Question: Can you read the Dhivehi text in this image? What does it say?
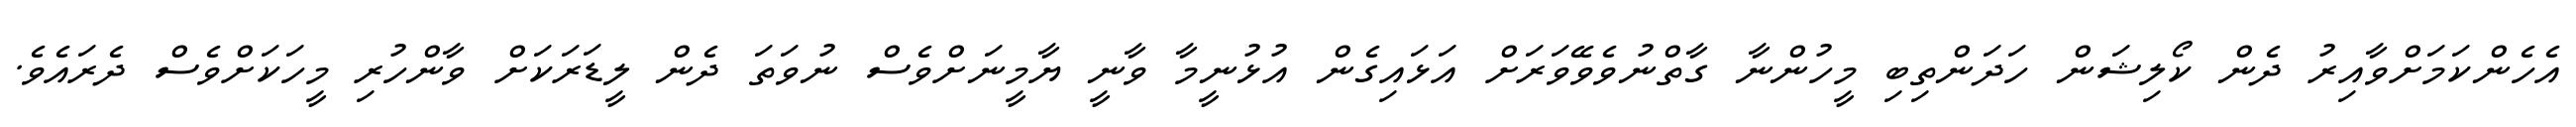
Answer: އެހެންކަމަށްވާއިރު ދެން ކޯލިޝަން ހަދަންތިބި މީހުންނާ ގާތްނުވެވޭވަރަށް އަޅައިގެން އުޅުނީމާ ވާނީ ޔާމީނަށްވެސް ނުވަތަ ދެން ލީޑަރަކަށް ވާންހުރި މީހަކަށްވެސް ދެރައެވެ.